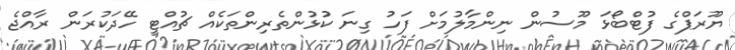
ޔޫރަޕްގެ ފުޓްބޯޅަ މޫސުން ނިންމާލުމަށް ފަހު ގިނަ ކުޅުންތެރިންތަކެއް ޗުއްޓީ ހޭދަކުރަން ރާއްޖެ